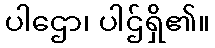
ပါဌော၊ ပါဌ်ရှိ၏။